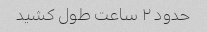
حدود ۲ ساعت طول کشید